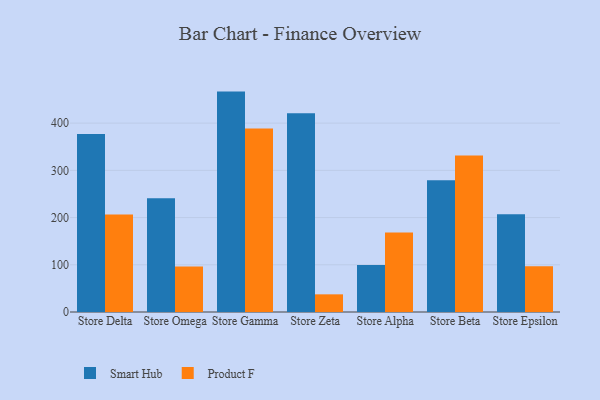
{"axis": {"x": "Store", "y": "Active Users"}, "legend": ["Product F", "Smart Hub"], "data": [{"x": "Store Delta", "y": 377.0, "type": "Smart Hub"}, {"x": "Store Delta", "y": 206.7, "type": "Product F"}, {"x": "Store Omega", "y": 240.8, "type": "Smart Hub"}, {"x": "Store Omega", "y": 96.2, "type": "Product F"}, {"x": "Store Gamma", "y": 466.8, "type": "Smart Hub"}, {"x": "Store Gamma", "y": 388.5, "type": "Product F"}, {"x": "Store Zeta", "y": 420.7, "type": "Smart Hub"}, {"x": "Store Zeta", "y": 37.4, "type": "Product F"}, {"x": "Store Alpha", "y": 99.6, "type": "Smart Hub"}, {"x": "Store Alpha", "y": 168.2, "type": "Product F"}, {"x": "Store Beta", "y": 279.3, "type": "Smart Hub"}, {"x": "Store Beta", "y": 331.4, "type": "Product F"}, {"x": "Store Epsilon", "y": 207.0, "type": "Smart Hub"}, {"x": "Store Epsilon", "y": 96.7, "type": "Product F"}]}